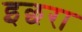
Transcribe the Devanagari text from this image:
इछरा